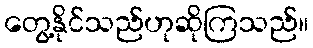
တွေ့နိုင်သည်ဟုဆိုကြသည်။